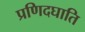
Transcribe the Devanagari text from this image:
प्रणिदघाति